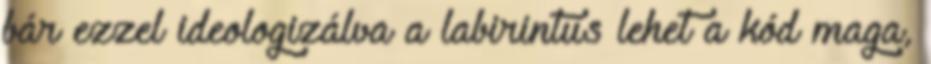
bár ezzel ideologizálva a labirintus lehet a kód maga,